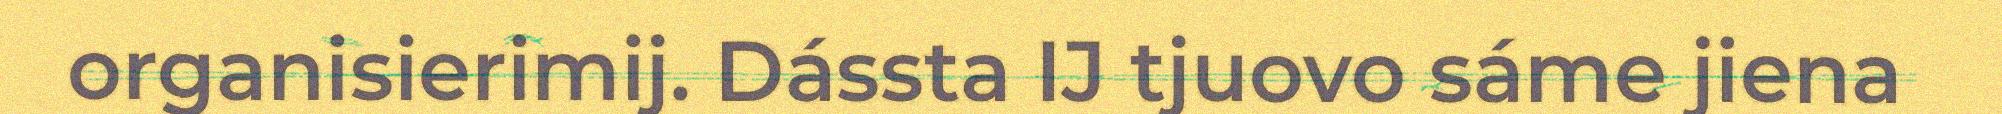
organisierimij. Dássta IJ tjuovo sáme jiena